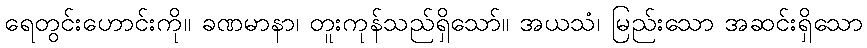
ရေတွင်းဟောင်းကို။ ခဏမာနာ၊ တူးကုန်သည်ရှိသော်။ အယသံ၊ မြည်းသော အဆင်းရှိသော